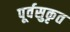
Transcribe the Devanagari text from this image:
पूर्वसुकृत